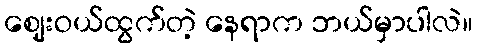
ဈေးဝယ်ထွက်တဲ့ နေရာက ဘယ်မှာပါလဲ။